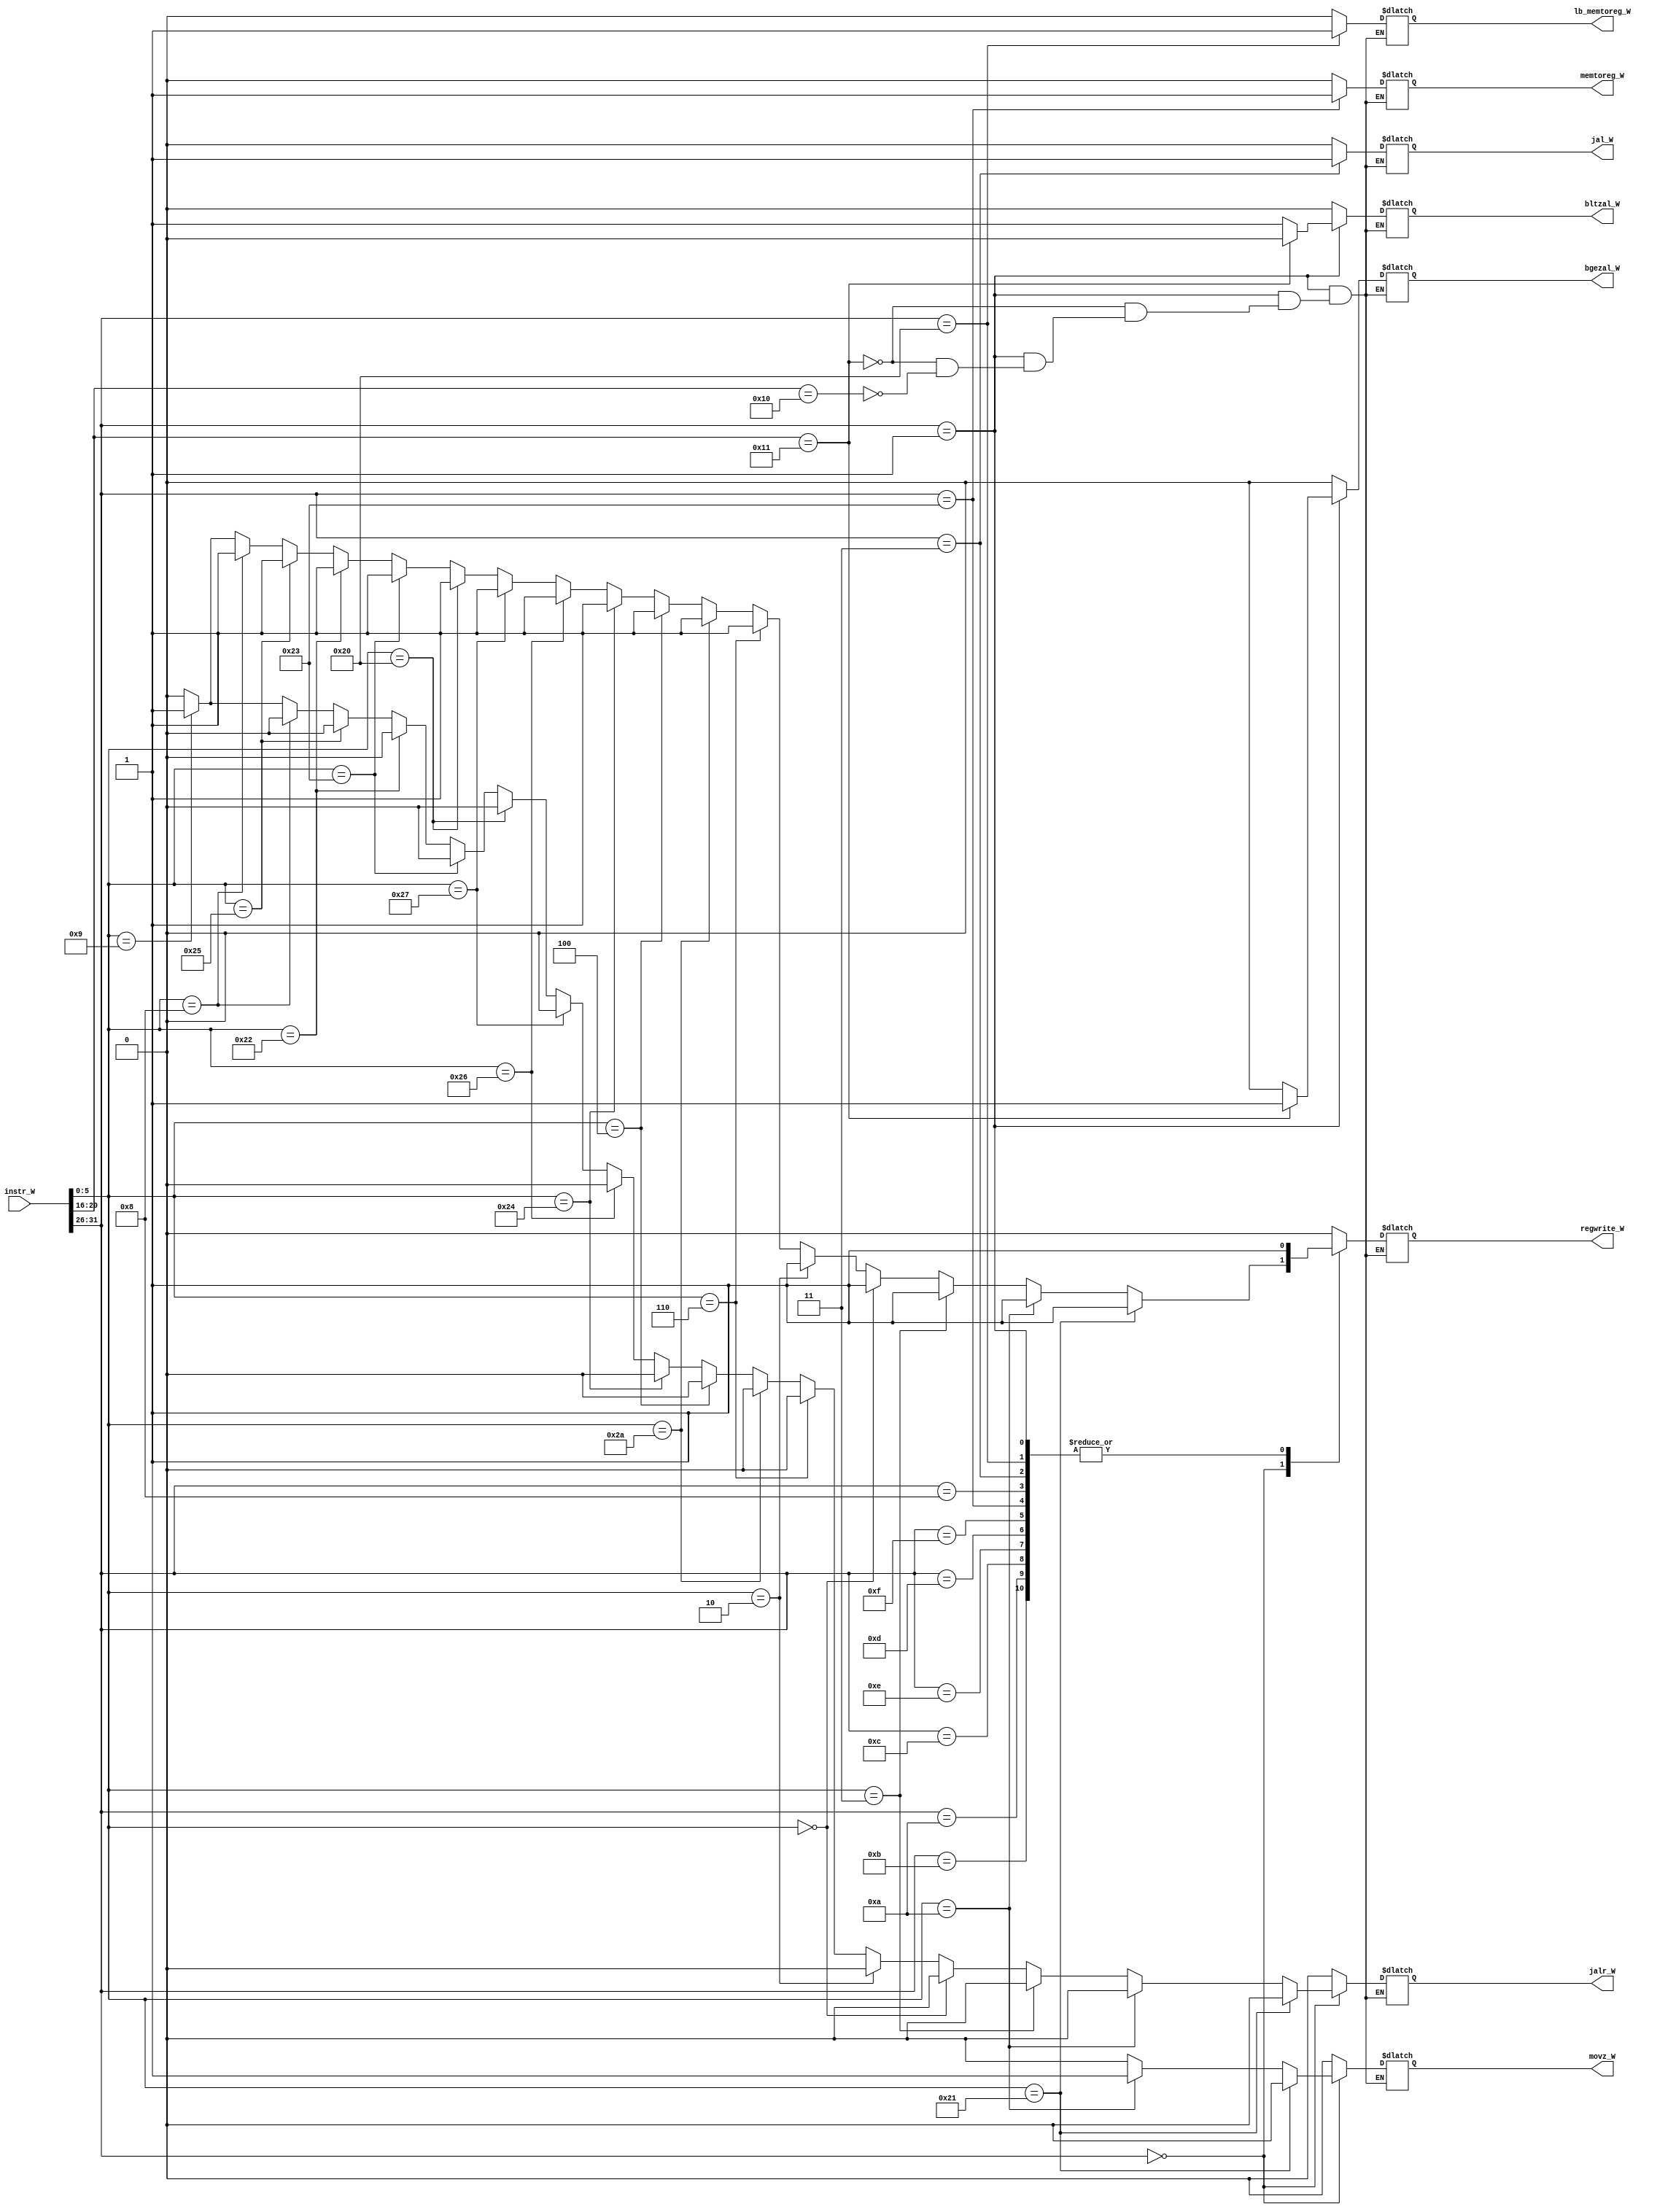
`timescale 1ns / 1ps
//////////////////////////////////////////////////////////////////////////////////
// Company: 
// Engineer: 
// 
// Design Name: 
// Module Name:    yimaqi_W 
// Project Name: 
// Target Devices: 
// Tool versions: 
// Description: 
//
// Dependencies: 
//
// Revision: 
// Revision 0.01 - File Created
// Additional Comments: 
//
//////////////////////////////////////////////////////////////////////////////////
module yimaqi_W( 
    input [31:0] instr_W,
    output reg memtoreg_W,
	 output reg regwrite_W,
	 output reg jal_W,
	 output reg jalr_W,
	 output reg bgezal_W,
	 output reg lb_memtoreg_W,
	 output reg bltzal_W,
	 output reg movz_W
	 //output reg jr
    );
	 always @ * begin
		case(instr_W[31:26])
			6'b000000:begin
				if(instr_W[5:0]==6'b100001)begin
					memtoreg_W = 0;
					regwrite_W = 1;
					jal_W = 0;
					jalr_W = 0;
					bgezal_W = 0;
					lb_memtoreg_W = 0;
					bltzal_W = 0;
					movz_W = 0;
				end
				
				else if(instr_W[5:0]==6'b001010)begin
					memtoreg_W = 0;
					regwrite_W = 1;
					jal_W = 0;
					jalr_W = 0;
					bgezal_W = 0;
					lb_memtoreg_W = 0;
					bltzal_W = 0;
					movz_W = 1;
				end
				
				else if(instr_W[5:0]==6'b000011)begin
					memtoreg_W = 0;
					regwrite_W = 1;
					jal_W = 0;
					jalr_W = 0;
					bgezal_W = 0;
					lb_memtoreg_W = 0;
					bltzal_W = 0;
					movz_W = 0;
				end
				
				else if(instr_W[5:0]==6'b000000)begin
					memtoreg_W = 0;
					regwrite_W = 1;
					jal_W = 0;
					jalr_W = 0;
					bgezal_W = 0;
					lb_memtoreg_W = 0;
					bltzal_W = 0;
					movz_W = 0;
				end
				
				else if(instr_W[5:0]==6'b000010)begin
					memtoreg_W = 0;
					regwrite_W = 1;
					jal_W = 0;
					jalr_W = 0;
					bgezal_W = 0;
					lb_memtoreg_W = 0;
					bltzal_W = 0;
					movz_W = 0;
				end
				
				else if(instr_W[5:0]==6'b000110)begin
					memtoreg_W = 0;
					regwrite_W = 1;
					jal_W = 0;
					jalr_W = 0;
					bgezal_W = 0;
					lb_memtoreg_W = 0;
					bltzal_W = 0;
					movz_W = 0;
				end
				
				else if(instr_W[5:0]==6'b101010)begin
					memtoreg_W = 0;
					regwrite_W = 1;
					jal_W = 0;
					jalr_W = 0;
					bgezal_W = 0;
					lb_memtoreg_W = 0;
					bltzal_W = 0;
					movz_W = 0;
				end
				
				else if(instr_W[5:0]==6'b000100)begin
					memtoreg_W = 0;
					regwrite_W = 1;
					jal_W = 0;
					jalr_W = 0;
					bgezal_W = 0;
					lb_memtoreg_W = 0;
					bltzal_W = 0;
					movz_W = 0;
				end
				
				else if(instr_W[5:0]==6'b100100)begin
					memtoreg_W = 0;
					regwrite_W = 1;
					jal_W = 0;
					jalr_W = 0;
					bgezal_W = 0;
					lb_memtoreg_W = 0;
					bltzal_W = 0;
					movz_W = 0;
				end
				
				else if(instr_W[5:0]==6'b100110)begin
					memtoreg_W = 0;
					regwrite_W = 1;
					jal_W = 0;
					jalr_W = 0;
					bgezal_W = 0;
					lb_memtoreg_W = 0;
					bltzal_W = 0;
					movz_W = 0;
				end
				
				else if(instr_W[5:0]==6'b100111)begin
					memtoreg_W = 0;
					regwrite_W = 1;
					jal_W = 0;
					jalr_W = 0;
					bgezal_W = 0;
					lb_memtoreg_W = 0;
					bltzal_W = 0;
					movz_W = 0;
				end
				
				else if(instr_W[5:0]==6'b100000)begin
					memtoreg_W = 0;
					regwrite_W = 1;
					jal_W = 0;
					jalr_W = 0;
					bgezal_W = 0;
					lb_memtoreg_W = 0;
					bltzal_W = 0;
					movz_W = 0;
				end
				else if(instr_W[5:0]==6'b100011)begin
					memtoreg_W = 0;
					regwrite_W = 1;
					jal_W = 0;
					jalr_W = 0;
					bgezal_W = 0;
					lb_memtoreg_W = 0;
					bltzal_W = 0;
					movz_W = 0;
				end
				else if(instr_W[5:0]==6'b100010)begin
					memtoreg_W = 0;
					regwrite_W = 1;
					jal_W = 0;
					jalr_W = 0;
					bgezal_W = 0;
					lb_memtoreg_W = 0;
					bltzal_W = 0;
					movz_W = 0;
				end
				else if(instr_W[5:0]==6'b100101)begin
					memtoreg_W = 0;
					regwrite_W = 1;
					jal_W = 0;
					jalr_W = 0;
					bgezal_W = 0;
					lb_memtoreg_W = 0;
					bltzal_W = 0;
					movz_W = 0;
				end
				else if(instr_W[5:0]==6'b001000)begin
					memtoreg_W = 0;
					regwrite_W = 1;
					jal_W = 0;
					jalr_W = 0;
					bgezal_W = 0;
					lb_memtoreg_W = 0;
					bltzal_W = 0;
					movz_W = 0;
				end
				else if(instr_W[5:0]==6'b001001)begin
					memtoreg_W = 0;
					regwrite_W = 1;
					jal_W = 0;
					jalr_W = 1;
					bgezal_W = 0;
					lb_memtoreg_W = 0;
					bltzal_W = 0;
					movz_W = 0;
				end
				else begin
					memtoreg_W = 0;
					regwrite_W = 0;
					jal_W = 0;
					jalr_W = 0;
					bgezal_W = 0;
					lb_memtoreg_W = 0;
					bltzal_W = 0;
					movz_W = 0;
				end
			end
			6'b000001:begin
				if(instr_W[20:16]==5'b10001)begin
					memtoreg_W = 0;
					regwrite_W = 1;
					jal_W = 0;
					jalr_W = 0;
					bgezal_W = 1;
					lb_memtoreg_W = 0;
					bltzal_W = 0;
					movz_W = 0;
				end
				else if(instr_W[20:16]==5'b10000)begin
					memtoreg_W = 0;
					regwrite_W = 1;
					jal_W = 0;
					jalr_W = 0;
					bgezal_W = 0;
					lb_memtoreg_W = 0;
					bltzal_W = 1;
					movz_W = 0;
				end
			end
			6'b001011:begin
				memtoreg_W = 0;
				regwrite_W = 1;
				jal_W = 0;
				jalr_W = 0;
				bgezal_W = 0;
				lb_memtoreg_W = 0;
				bltzal_W = 0;
				movz_W = 0;
			end
			
			6'b001010:begin
				memtoreg_W = 0;
				regwrite_W = 1;
				jal_W = 0;
				jalr_W = 0;
				bgezal_W = 0;
				lb_memtoreg_W = 0;
				bltzal_W = 0;
				movz_W = 0;
			end
			
			6'b001100:begin
				memtoreg_W = 0;
				regwrite_W = 1;
				jal_W = 0;
				jalr_W = 0;
				bgezal_W = 0;
				lb_memtoreg_W = 0;
				bltzal_W = 0;
				movz_W = 0;
			end
			
			6'b001110:begin
				memtoreg_W = 0;
				regwrite_W = 1;
				jal_W = 0;
				jalr_W = 0;
				bgezal_W = 0;
				lb_memtoreg_W = 0;
				bltzal_W = 0;
				movz_W = 0;
			end
			
			6'b001101:begin
				memtoreg_W = 0;
				regwrite_W = 1;
				jal_W = 0;
				jalr_W = 0;
				bgezal_W = 0;
				lb_memtoreg_W = 0;
				bltzal_W = 0;
				movz_W = 0;
			end
			6'b001111:begin
				memtoreg_W = 0;
				regwrite_W = 1;
				jal_W = 0;
				jalr_W = 0;
				bgezal_W = 0;
				lb_memtoreg_W = 0;
				bltzal_W = 0;
				movz_W = 0;
			end
			6'b100011:begin
				memtoreg_W = 1;
				regwrite_W = 1;
				jal_W = 0;
				jalr_W = 0;
				bgezal_W = 0;
				lb_memtoreg_W = 0;
				bltzal_W = 0;
				movz_W = 0;
			end
			6'b101011:begin
				memtoreg_W = 0;
				regwrite_W = 0;
				jal_W = 0;//////////
				jalr_W = 0;
				bgezal_W = 0;
				lb_memtoreg_W = 0;
				bltzal_W = 0;
				movz_W = 0;
			end
			6'b000011:begin
				memtoreg_W = 0;
				regwrite_W = 1;
				jal_W = 1;
				jalr_W = 0;
				bgezal_W = 0;
				lb_memtoreg_W = 0;
				bltzal_W = 0;
				movz_W = 0;
			end
			6'b001000:begin
				memtoreg_W = 0;
				regwrite_W = 1;
				jal_W = 0;
				jalr_W = 0;
				bgezal_W = 0;
				lb_memtoreg_W = 0;
				bltzal_W = 0;
				movz_W = 0;
			end
			
			6'b100000:begin
				memtoreg_W = 0;
				regwrite_W = 1;
				jal_W = 0;
				jalr_W = 0;
				bgezal_W = 0;
				lb_memtoreg_W = 1;
				bltzal_W = 0;
				movz_W = 0;
			end
			
			6'b101000:begin
				memtoreg_W = 0;
				regwrite_W = 0;
				jal_W = 0;
				jalr_W = 0;
				bgezal_W = 0;
				lb_memtoreg_W = 0;
				bltzal_W = 0;
				movz_W = 0;
			end
			
			default: begin
				memtoreg_W = 0;
				regwrite_W = 0;
				jal_W = 0;
				jalr_W = 0;
				bgezal_W = 0;
				lb_memtoreg_W = 0;
				bltzal_W = 0;
				movz_W = 0;
			end
		endcase
	 end


endmodule